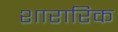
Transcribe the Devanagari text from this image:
शारारिक